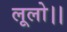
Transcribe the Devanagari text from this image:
लूलो।।